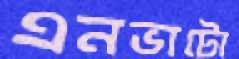
এনভাটো